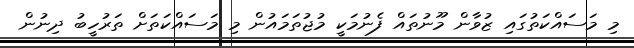
މި މަސައްކަތުގައި ޒުވާން މޫނުތައް ފެނުމަކީ މުޖުތަމައުން މި މަސައްކަތަށް ތަރުހީބު ދިނުން